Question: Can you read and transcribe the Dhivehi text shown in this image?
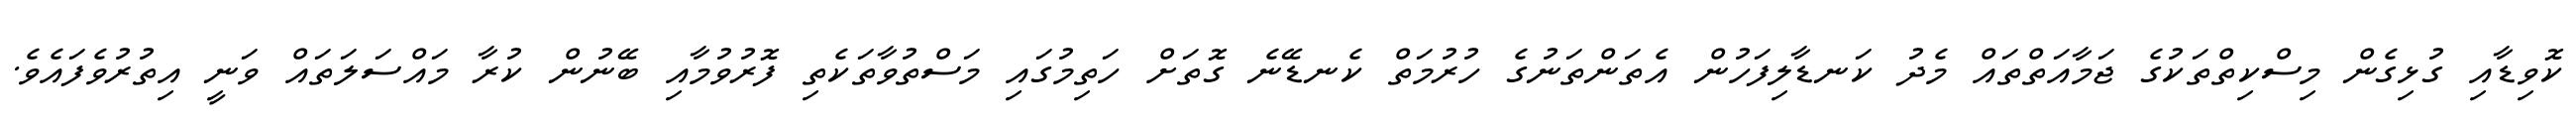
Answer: ކޮވިޑާއި ގުޅިގެން މިސްކިތްތަކުގެ ޖަމާއަތްތައް މެދު ކަނޑާލިފަހުން އެތަންތަނުގެ ހުރުމަތް ކެނޑޭނެ ގޮތަށް ހަތިމުގައި މަސްތުވާތަކެތި ފޮރުވުމާއި ބޭނުން ކުރާ މައްސަލަތައް ވަނީ އިތުރުވެފައެވެ.